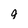
Character: 9